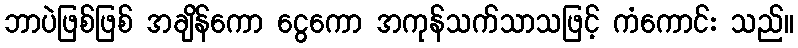
ဘာပဲဖြစ်ဖြစ် အချိန်ကော ငွေကော အကုန်သက်သာသဖြင့် ကံကောင်း သည်။